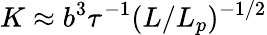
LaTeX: K\approx b^{3}\tau^{-1}(L/L_{p})^{-1/2}